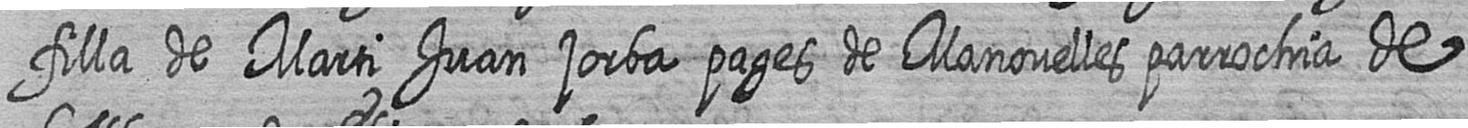
filla de Marti Juan jorba pages de Manovelles parrochia de